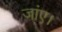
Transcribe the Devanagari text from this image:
जांए।